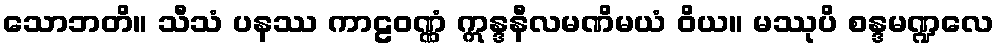
သောဘတိ။ သီသံ ပနဿ ကာဠဝဏ္ဏံ ဣန္ဒနီလမဏိမယံ ဝိယ။ မဿုပိ စန္ဒမဏ္ဍလေ